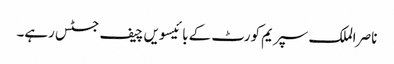
ناصر الملک سپریم کورٹ کے بائیسویں چیف جسٹس رہے۔